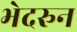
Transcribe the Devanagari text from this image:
भेदरुन